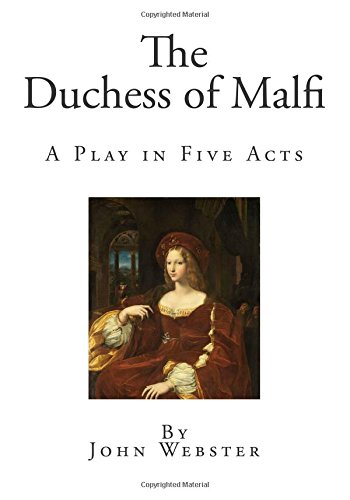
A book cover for The Duchess of Malfi: A Play in Five Acts; John Webster; Literature & Fiction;